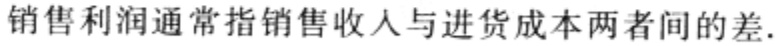
销售利润通常指销售收入与进货成本两者间的差.